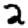
Digit: 2